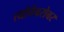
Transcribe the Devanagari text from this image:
त्यांचेबरोबर